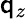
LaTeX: \mathsf{q}_{z}